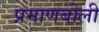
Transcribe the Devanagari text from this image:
प्रमाणबोली